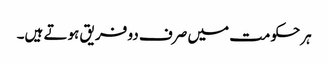
ہرحکومت میں صرف دو فریق ہوتے ہیں۔